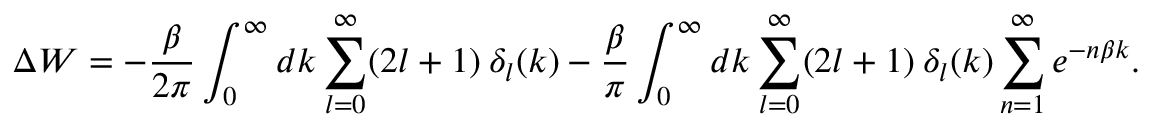
\Delta W = - \frac { \beta } { 2 \pi } \int _ { 0 } ^ { \infty } d k \sum _ { l = 0 } ^ { \infty } ( 2 l + 1 ) \: { \delta } _ { l } ( k ) - \frac { \beta } { \pi } \int _ { 0 } ^ { \infty } d k \sum _ { l = 0 } ^ { \infty } ( 2 l + 1 ) \: \delta _ { l } ( k ) \sum _ { n = 1 } ^ { \infty } e ^ { - n \beta k } .